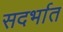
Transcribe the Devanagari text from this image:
सदर्भात